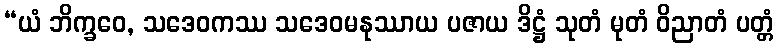
“ယံ ဘိက္ခဝေ, သဒေဝကဿ သဒေဝမနုဿာယ ပဇာယ ဒိဋ္ဌံ သုတံ မုတံ ဝိညာတံ ပတ္တံ